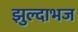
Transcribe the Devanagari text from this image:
झुल्दाभज